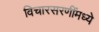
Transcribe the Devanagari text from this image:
विचारसरणींमध्ये